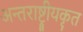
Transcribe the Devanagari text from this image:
अन्तराष्ट्रीयकृत